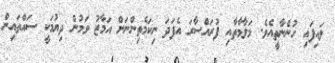
ލައިފައި ހުންނާތީއެވެ. މަލާމާތާއި ފުރައްސާރަ އެފަދަ ނިކަމެތިންނަށް އަމާޒު ވަމުން ދިޔުމަކީ ސައްތައިން